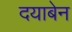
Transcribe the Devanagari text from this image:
दयाबेन